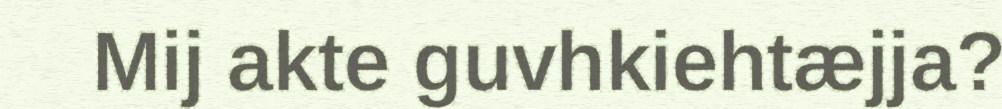
Mij akte guvhkiehtæjja?